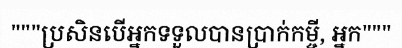
"""ប្រសិនបើអ្នកទទួលបានប្រាក់កម្ចី, អ្នក"""